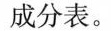
成分表。